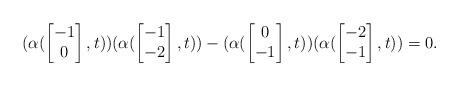
LaTeX: \begin{align*}(\alpha(\begin{bmatrix}-1\\0\end{bmatrix},t))(\alpha(\begin{bmatrix}-1\\-2\end{bmatrix},t))-(\alpha(\begin{bmatrix}0\\-1\end{bmatrix},t))(\alpha(\begin{bmatrix}-2\\-1\end{bmatrix},t))=0.\end{align*}